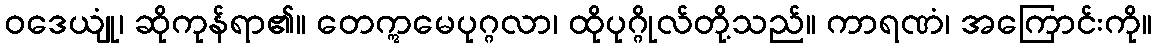
ဝဒေယျုံ၊ ဆိုကုန်ရာ၏။ တေဣမေပုဂ္ဂလာ၊ ထိုပုဂ္ဂိုလ်တို့သည်။ ကာရဏံ၊ အကြောင်းကို။